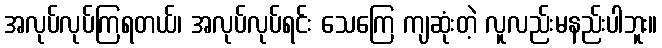
အလုပ်လုပ်ကြရတယ်၊ အလုပ်လုပ်ရင်း သေကြေ ကျဆုံးတဲ့ လူလည်းမနည်းပါဘူး။